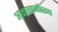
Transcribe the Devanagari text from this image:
आकाशवाणीवरच्‍या